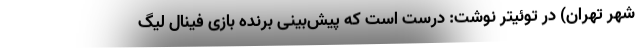
شهر تهران) در توئیتر نوشت: درست است که پیش‌بینی برنده بازی فینال لیگ